Lock hospitals Punjab
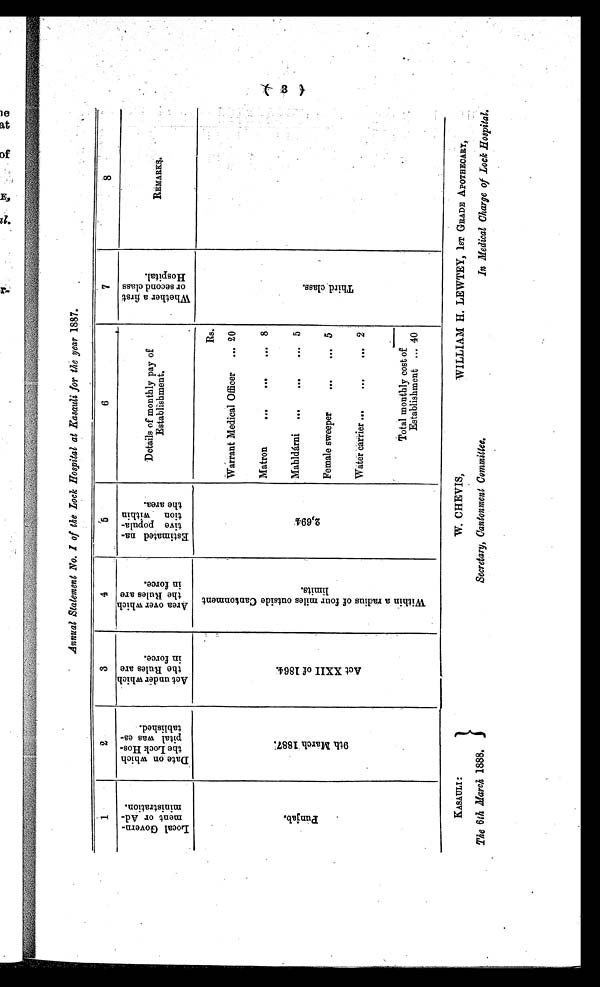
Annual Statement No. I of the Lock Hospital at Kasauli for the year 1887.
1
2
3
4
5
6
7
8
L o c a l G o v e r n m e n t o r A d m i n i s t r a t i o n .
D a t e o n w h i c h t h e L o c k H o s p i t a l w a s e s t a b l i s h e d .
A c t u n d e r w h i c h t h e R u l e s a r e i n f o r c e .
A r e a o v e r w h i c h t h e R u l e s a r e i n f o r c e .
E s t i m a t e d n a t i v e p o p u l a t i o n w i t h i n t h e a r e a .
Details of monthly pay of
Establishment.
W h e t h e r a f i r s t o r s e c o n d c l a s s H o s p i t a l .
R E M A R K S .
P u n j a b .
9 t h M a r c h 1 8 8 7 .
A c t X X I I o f 1 8 6 4 .
W i t h i n a r a d i u s o f f o u r m i l e s o u t s i d e C a n t o n m e n t l i m i t s .
2 , 6 9 4 .
Rs.
T h i r d c l a s s .
Warrant Medical Officer
... 20
Matron
...
...
. . . 8
Mahldárni
...
...
. . . 5
Female sweeper
...
... 5
Water carrier ...
...
. . 2
Total monthly cost of
Establishment ... 40
3
KASAULI:
The 6th March 1888.
W. CHEVIS,
Secretary, Cantonment Committee.
WILLIAM H. LEWTEY, 1ST GRADE APOTHECARY,
In Medical Charge of Lock Hospital.